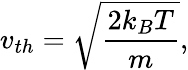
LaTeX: v_{th}=\sqrt{\frac{2k_{B}T}{m}},